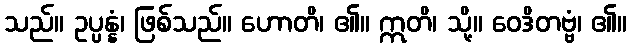
သည်။ ဥပ္ပန္နံ၊ ဖြစ်သည်။ ဟောတိ၊ ၏။ ဣတိ၊ သို့။ ဝေဒိတဗ္ဗံ၊ ၏။